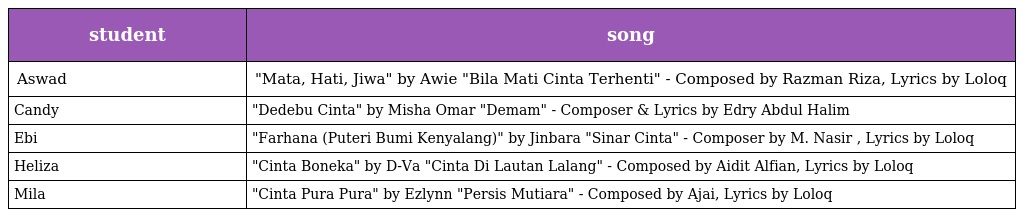
| student | song |
 | --- | --- |
 | Aswad | "Mata, Hati, Jiwa" by Awie "Bila Mati Cinta Terhenti" - Composed by Razman Riza, Lyrics by Loloq |
 | Candy | "Dedebu Cinta" by Misha Omar "Demam" - Composer & Lyrics by Edry Abdul Halim |
 | Ebi | "Farhana (Puteri Bumi Kenyalang)" by Jinbara "Sinar Cinta" - Composer by M. Nasir , Lyrics by Loloq |
 | Heliza | "Cinta Boneka" by D-Va "Cinta Di Lautan Lalang" - Composed by Aidit Alfian, Lyrics by Loloq |
 | Mila | "Cinta Pura Pura" by Ezlynn "Persis Mutiara" - Composed by Ajai, Lyrics by Loloq |